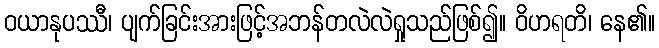
ဝယာနုပဿီ၊ ပျက်ခြင်းအားဖြင့်အဘန်တလဲလဲရှုသည်ဖြစ်၍။ ဝိဟရတိ၊ နေ၏။